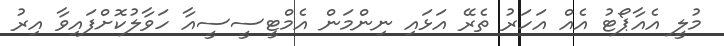
މުލީ އެއާޕޯޓު އެއް އަހަރު ތެރޭ އަޅައި ނިންމަން އެމްޓީސީސީއާ ހަވާލުކޮށްފައިވާ އިރު